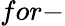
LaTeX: for-